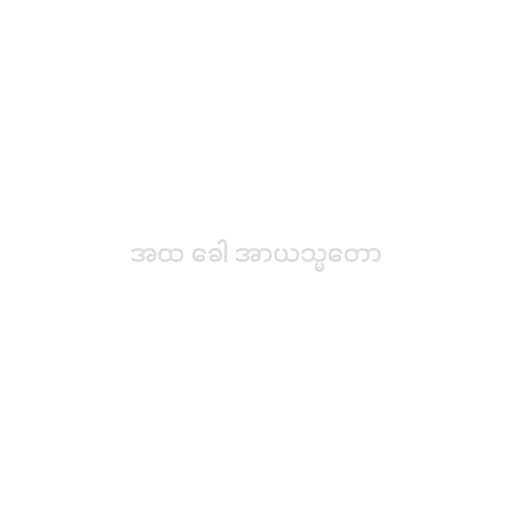
အထ ခေါ အာယသ္မတော